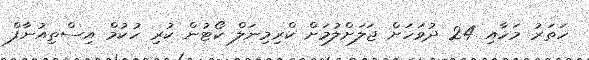
ހަަތަރު މަހާއި 24 ދުވަހަށް ޖަލަށްލުމަށް ކްރިމިނަލް ކޯޓުން ކުރި ހުކުމް އިސްތިއުނާފް